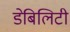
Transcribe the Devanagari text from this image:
डेबिलिटी